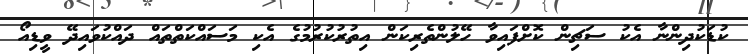
ކުޑަކުދިންނާ އެކު ސަޗިން ކޮށްފައިވާ ހޭލުންތެރިކަން އިތުރުކުރުމުގެ އެކި މަސައްކަތްތައް ދައްކުވައިދޭ ވީޑިއޯ